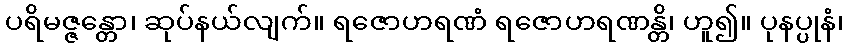
ပရိမဇ္ဇန္တော၊ ဆုပ်နယ်လျက်။ ရဇောဟရဏံ ရဇောဟရဏန္တိ၊ ဟူ၍။ ပုနပ္ပုနံ၊